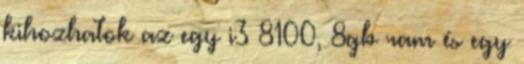
kihozhatok az egy i3 8100, 8gb ram és egy